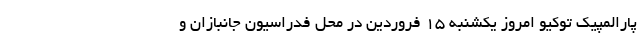
پارالمپیک توکیو امروز یکشنبه ۱۵ فروردین در محل فدراسیون جانبازان و